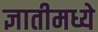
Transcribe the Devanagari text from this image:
ज्ञातीमध्ये